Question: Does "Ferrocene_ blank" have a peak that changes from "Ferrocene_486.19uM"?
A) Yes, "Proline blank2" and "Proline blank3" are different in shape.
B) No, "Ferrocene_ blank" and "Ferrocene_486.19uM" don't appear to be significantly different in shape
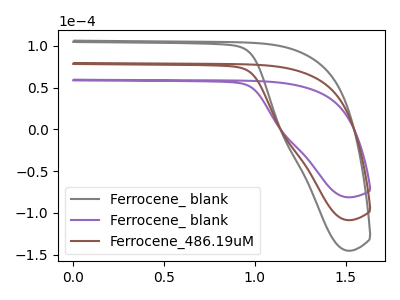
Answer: <think>The gray curve "Ferrocene_ blank" has no peaks. The purple curve "Ferrocene_ blank" has no peaks. The brown curve "Ferrocene_486.19uM" has no peaks.
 Neither "Ferrocene_ blank" or "Ferrocene_486.19uM" have any peaks.</think>
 <answer>B) No, "Ferrocene_ blank" and "Ferrocene_486.19uM" don't appear to be significantly different in shape</answer>
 <eval>B</eval>